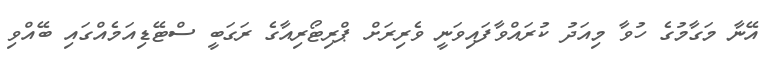
އޭނާ މަގާމުގެ ހުވާ މިއަދު ކުރައްވާފައިވަނީ ވެރިރަށް ޕްރިޓޯރިއާގެ ރަގަބީ ސްޓޭޑިއަމެއްގައި ބޭއްވި